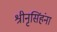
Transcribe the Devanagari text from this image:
श्रीनृसिंहंना